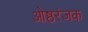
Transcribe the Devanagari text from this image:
ओष्ठरंजक